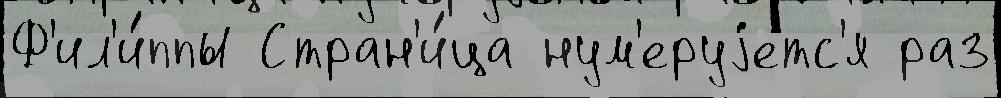
Ф'ил'и́ппы Стран'и́ца нум'еруjетс'я раз